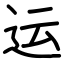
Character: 运